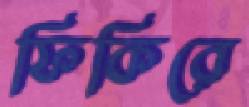
ফিকিরে